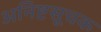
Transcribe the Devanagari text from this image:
अनिष्टसूचक